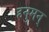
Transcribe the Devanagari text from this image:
हनुमन्